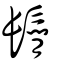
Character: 鬜